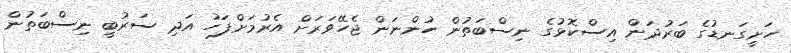
ހަށީގަނޑުގެ ބަރުދަން އިސްކޮޅުގެ ނިސްބަތުން ހުންނަން ޖެހޭވަރަށް އެރުމަށްފަހު އަދި ސަރުބީ ނިސްބަތުން